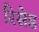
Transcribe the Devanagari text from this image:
रिसेड